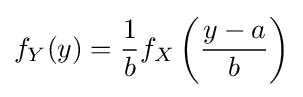
f_{Y}(y)={\frac {1}{b}}f_{X}\left({\frac {y-a}{b}}\right)